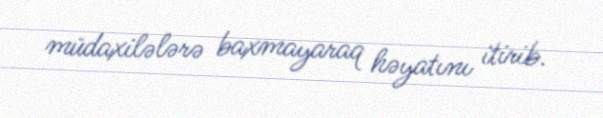
müdaxilələrə baxmayaraq həyatını itirib.